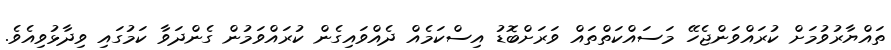
ތައްޔާރުވުމަށް ކުރައްވަންޖެހޭ މަސައްކަތްތައް ވަރަށްބޮޑު އިސްކަމެއް ދެއްވައިގެން ކުރައްވަމުން ގެންދަވާ ކަމުގައި ވިދާޅުވިއެވެ.